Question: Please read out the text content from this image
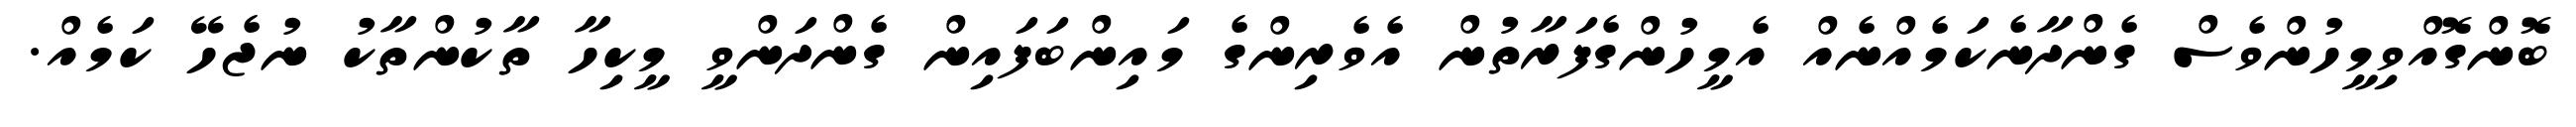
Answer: ބޮންގޮއްވިމީހުންވެސް ގެންދާނެކަމެއްނެއް އެމީހުންގެފަރާތުން އެވެރިންގެ މައިންބަފައިން ގެންދަންވީ މީކިހާ ތާކުންތާކު ނުޖެހޭ ކަމެއް.